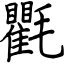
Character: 氍